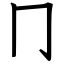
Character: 冂